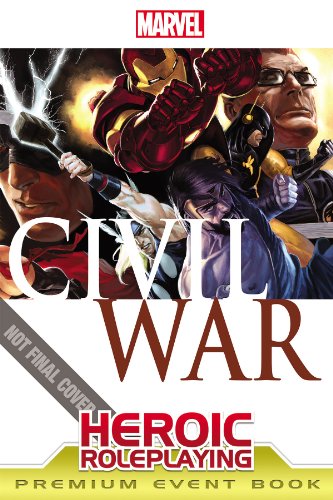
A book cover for Marvel Heroic Roleplaying: Civil War Event Book Premium; Science Fiction & Fantasy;